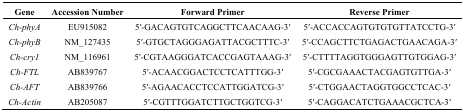
<table><thead><tr><td><b>Gene</b></td><td><b>Accession Number</b></td><td><b>Forward Primer</b></td><td><b>Reverse Primer</b></td></tr></thead><tbody><tr><td><i>Ch-phyA</i></td><td>EU915082</td><td>5′-GACAGTGTCAGGCTTCAACAAG-3′</td><td>5′-ACCACCAGTGTGTGTTATCCTG-3′</td></tr><tr><td><i>Ch-phyB</i></td><td>NM_127435</td><td>5′-GTGCTAGGGAGATTACGCTTTC-3′</td><td>5′-CCAGCTTCTGAGACTGAACAGA-3′</td></tr><tr><td><i>Ch-</i><i>cry1</i></td><td>NM_116961</td><td>5′-CGTAAGGGATCACCGAGTAAAG-3′</td><td>5′-CTTTTAGGTGGGAGTTGTGGAG-3′</td></tr><tr><td><i>Ch-</i><i>FTL</i></td><td>AB839767</td><td>5′-ACAACGGACTCCTCATTTGG-3′</td><td>5′-CGCGAAACTACGAGTGTTGA-3′</td></tr><tr><td><i>Ch-</i><i>AFT</i></td><td>AB839766</td><td>5′-AGAACACCTCCATTGGATCG-3′</td><td>5′-CTGGAACTAGGTGGCCTCAC-3′</td></tr><tr><td><i>Ch-</i><i>Actin</i></td><td>AB205087</td><td>5′-CGTTTGGATCTTGCTGGTCG-3′</td><td>5′-CAGGACATCTGAAACGCTCA-3′</td></tr></tbody></table>